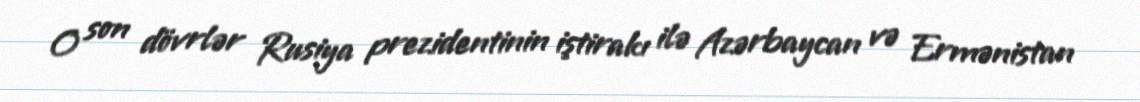
O son dövrlər Rusiya prezidentinin iştirakı ilə Azərbaycan və Ermənistan